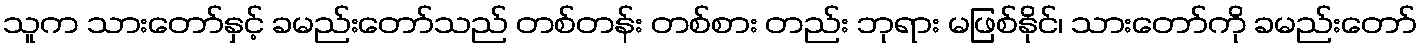
သူက သားတော်နှင့် ခမည်းတော်သည် တစ်တန်း တစ်စား တည်း ဘုရား မဖြစ်နိုင်၊ သားတော်ကို ခမည်းတော်